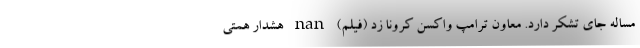
مساله جای تشکر دارد. معاون ترامپ واکسن کرونا زد (فیلم) nan هشدار همتی